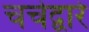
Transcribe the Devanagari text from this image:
चर्चेद्वारे